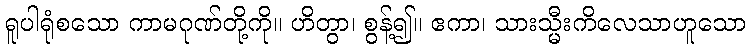
ရူပါရုံစသော ကာမဂုဏ်တို့ကို။ ဟိတွာ၊ စွန့်၍။ ဧကာ၊ သားသ္မီးကိလေသာဟူသော